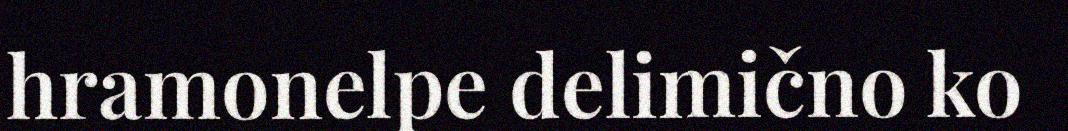
hramonelpe delimično ko